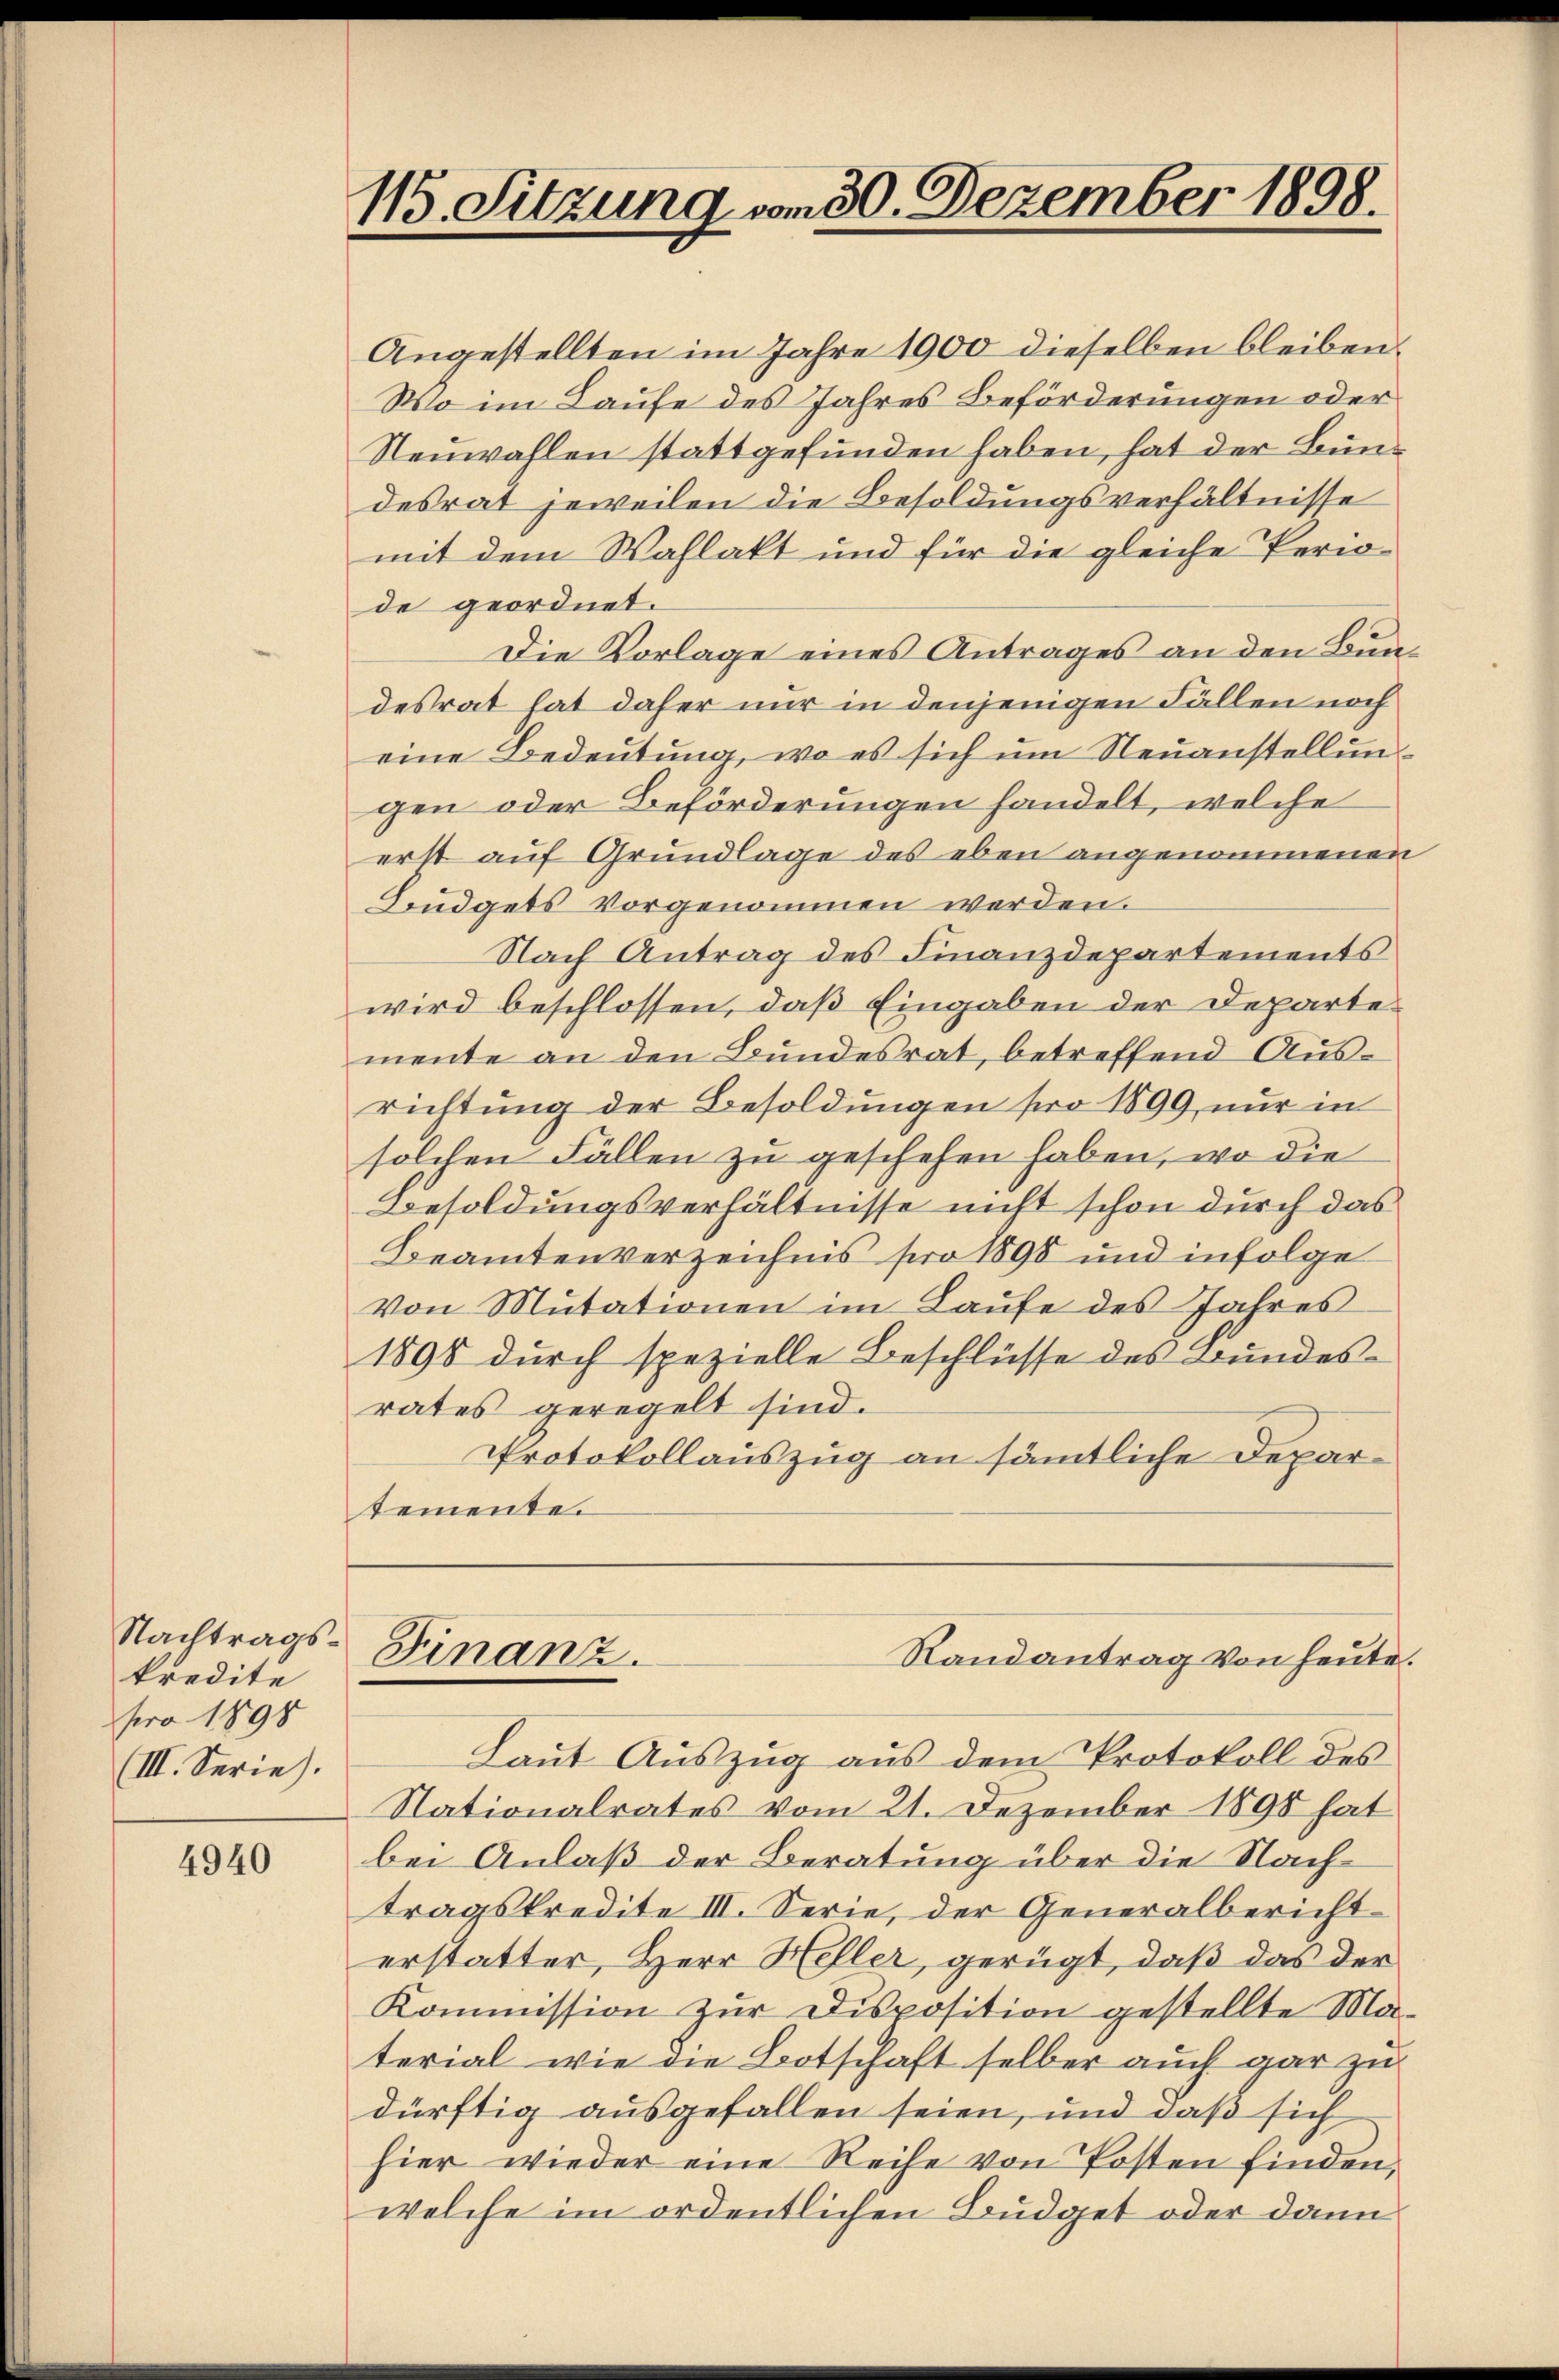
Nachtragskredite
pro 1898
(III. Serie).

4940

115. Sitzung vom 30. Dezember 1898.

Angestellten im Jahre 1900 dieselben bleiben.
Wo im Laufe des Jahres Beförderungen oder
Neuwahlen stattgefunden haben, hat der Bundesrat jeweilen die Besoldungsverhältnisse
mit dem Wahlakt und für die gleiche Perio
de geordnet.
Die Vorlage eines Antrages an den Bundesrat hat daher nur in denjenigen Fällen noch
eine Bedeutung, wo es sich um Neuanstellungen oder Beförderungen handelt, welche
erst auf Grundlage des eben angenommenen
Budgets vorgenommen werden.
Nach Antrag des Finanzdepartements
wird beschlossen, daß Eingaben der Departemente an den Bundesrat, betreffend Ausrichtung der Besoldungen pro 1899 nur in
solchen Fällen zu geschehen haben, wo die
Besoldungsverhältnisse nicht schon durch das
Beamtenverzeichnis pro 1898 und infolge
Von Mutationen im Laufe des Jahres
1898 durch spezielle Beschlüsse des Bundesrates geregelt sind.
Protokollauszug an sämmtliche Departemente.

Finanz.

Laut Auszug aus dem Protokoll des
Nationalrates vom 21. Dezember 1898 hat
bei Anlaß der Beratung über die Nach-
tragskredite III. Serie, der Generalbericht
erstatter, Herr Heller, gerügt, daß das der
Kommission zur Disposition gestellte Material wie die Botschaft selber auch gar zu
dürftig ausgefallen seien, und daß sich
hier wieder eine Reihe von Posten finden,
welche im ordentlichen Budget oder dann

Randantrag von heute.